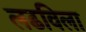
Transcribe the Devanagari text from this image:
लढविला